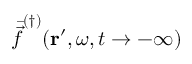
\bar { \vec { f } } ^ { ( \dagger ) } ( \mathbf { r } ^ { \prime } , \omega , t \rightarrow - \infty )